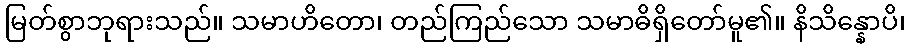
မြတ်စွာဘုရားသည်။ သမာဟိတော၊ တည်ကြည်သော သမာဓိရှိတော်မူ၏။ နိသိန္နောပိ၊